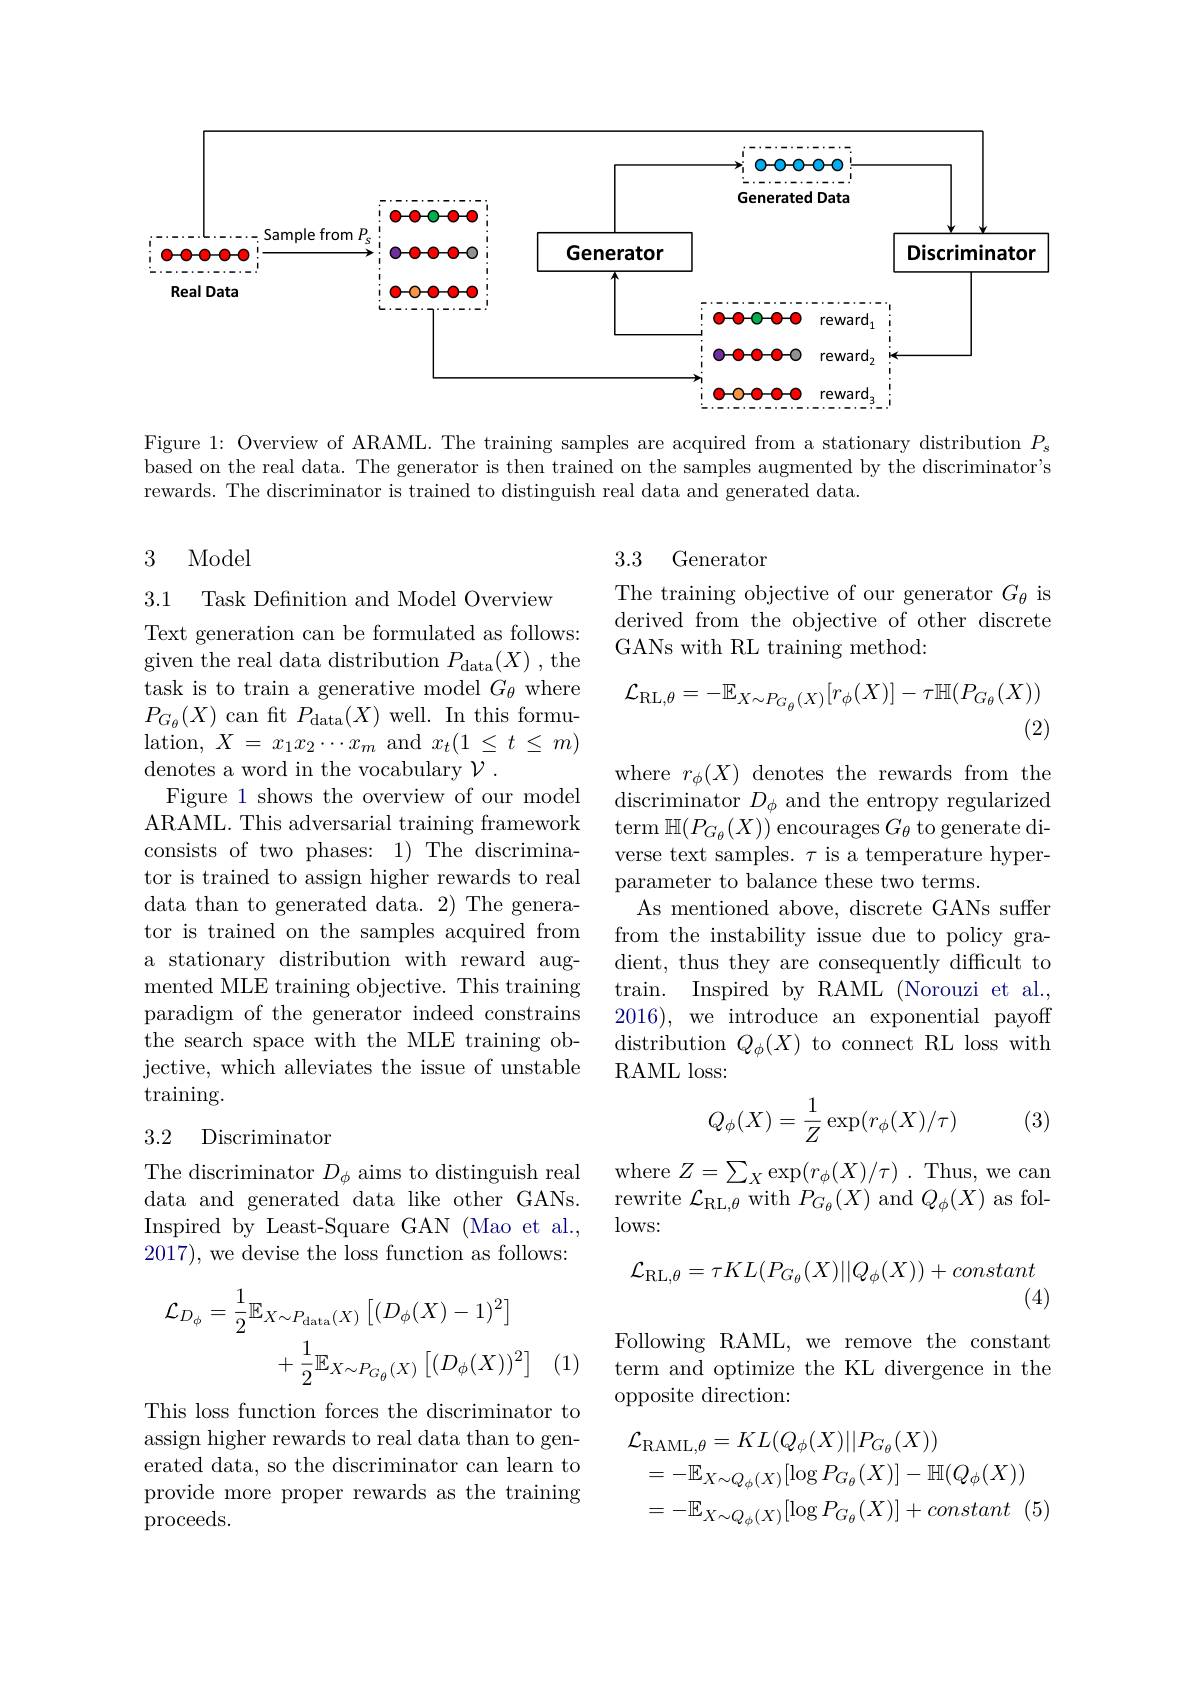
<FigureHere>

Figure 1: Overview of ARAML. The training samples are acquired from a stationary distribution $P_s$ based on the real data. The generator is then trained on the samples augmented by the discriminator's rewards. The discriminator is trained to distinguish real data and generated data.

### 3 Model

3.3

Generator

3.1

Task Defnition and Model Overview

The training objective of our generator $G_\theta$ is derived from the objective of other discrete GANs with RL training method:
$$\mathcal{L}_{\mathrm{RL},\theta}=-\mathbb{E}_{X\sim P_{G_{\theta}}(X)}[r_{\phi}(X)]-\tau\mathbb{H}(P_{G_{\theta}}(X))$$
(2)

Text generation can be formulated as follows: given the real data distribution $P_{\mathrm{data}}(X)$,the task is to train a generative model $G_\theta$ where $P_{G_{\theta}}(X)$ can ft $P_{\mathrm{data}}(X)$ well. In this formu- $\operatorname{lation,}X=x_{1}x_{2}\cdots x_{m}$ and $x_{t}(1\leq t\leq m)$ denotes a word in the vocabulary $\mathcal{V}.$
Figure 1 shows the overview of our model ARAML. This adversarial training framework consists of two phases: 1) The discriminator is trained to assign higher rewards to real data than to generated data. 2) The generator is trained on the samples acquired from a stationary distribution with reward augmented MLE training objective. This training train. Inspired by RAML (Norouzi et al.,
paradigm of the generator indeed constrains the search space with the MLE training objective, which alleviates the issue of unstable ${\mathrm{training.}}$

where $r_\phi(X)$ denotes the rewards from the discriminator $D_\phi$ and the entropy regularized term $\mathbb{H}(P_{G_{\theta}}(X))$ encourages $G_{\theta}$ to generate diverse text samples. $\tau$ is a temperature hyperparameter to balance these two terms.
As mentioned above, discrete GANs suffer from the instability issue due to policy gradient, thus they are consequently difficult to 2016), we introduce an exponential payoff distribution $Q_\phi(X)$ to connect RL loss with RAML loss:
$$Q_\phi(X)=\dfrac{1}{Z}\exp(r_\phi(X)/\tau)$$
(3)

### 3.2 Discriminator

where $Z= \sum _X\exp ( r_\phi ( X) / \tau )$ .Thus, we can rewrite $\mathcal{L}_{\mathrm{RL,\theta}}$ with $P_G_{\theta}(X)$ and $Q_{\phi}(X)$ as fol- $\log$s:

The discriminator $D_\phi$ aims to distinguish real data and generated data like other GANs. Inspired by Least-Square GAN (Mao et al., 2017), we devise the loss function as follows:
$$\mathcal{L}_{\mathrm{RL},\theta}=\tau KL(P_{G_{\theta}}(X)||Q_{\phi}(X))+constant$$
(4)
$$\begin{aligned}\mathcal{L}_{D_{\phi}}&=\frac{1}{2}\mathbb{E}_{X\sim P_{\mathrm{data}}(X)}\left[(D_{\phi}(X)-1)^{2}\right]\\&+\frac{1}{2}\mathbb{E}_{X\sim P_{G_{\theta}}(X)}\left[(D_{\phi}(X))^{2}\right]\end{aligned}$$
(1)

Following RAML, we remove the constant term and optimize the KL divergence in the opposite direction:

This loss function forces the discriminator to assign higher rewards to real data than to generated data, so the discriminator can learn to provide more proper rewards as the training proceeds.
$$\begin{aligned}&\mathcal{L}_{\mathrm{RAML},\theta}=KL(Q_{\phi}(X)||P_{G_{\theta}}(X))\\&=-\mathbb{E}_{X\sim Q_{\phi}(X)}[\log P_{G_{\theta}}(X)]-\mathbb{H}(Q_{\phi}(X))\\&=-\mathbb{E}_{X\sim Q_{\phi}(X)}[\log P_{G_{\theta}}(X)]+constant\:(5\end{aligned}$$